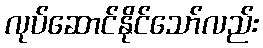
လုပ်ဆောင်နိုင်သော်လည်း